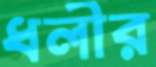
ধলীর